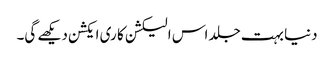
دنیا بہت جلد اس الیکشن کا ری ایکشن دیکھے گی۔